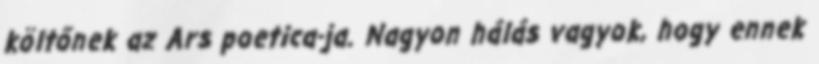
költőnek az Ars poetica-ja. Nagyon hálás vagyok, hogy ennek